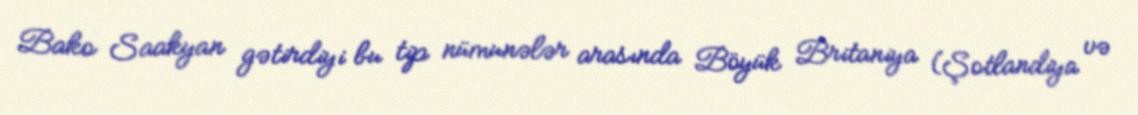
Bako Saakyan gətirdiyi bu tip nümunələr arasında Böyük Britaniya (Şotlandiya və